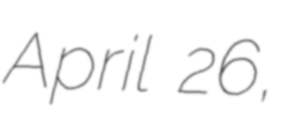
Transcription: April 26,